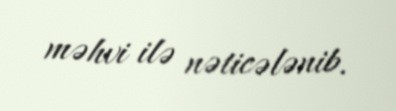
məhvi ilə nəticələnib.